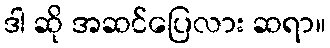
ဒါ ဆို အဆင်ပြေလား ဆရာ။